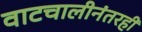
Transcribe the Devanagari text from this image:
वाटचालीनंतरही